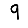
Digit: 9